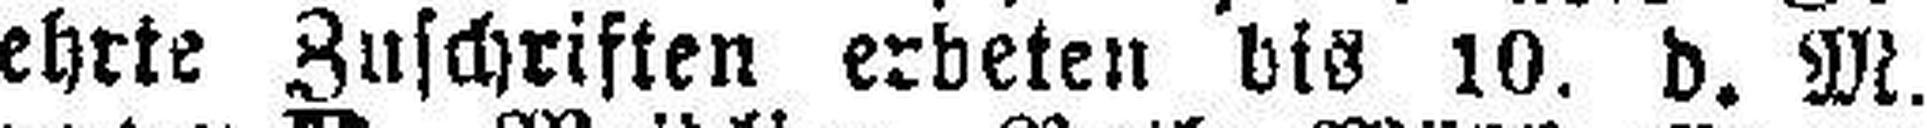
ehrte Zuschriften erbeten bis 10. d. M.